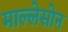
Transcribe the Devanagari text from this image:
माल्लेसोन